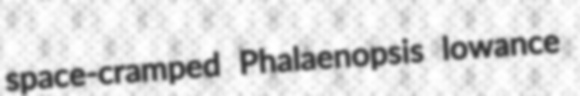
space-cramped Phalaenopsis lowance